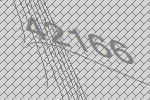
42166